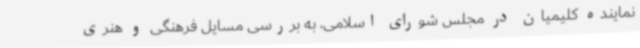
نماینده کلیمیان در مجلس شورای اسلامی، به بررسی مسایل فرهنگی و هنری